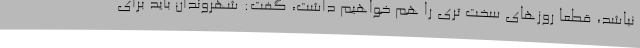
نباشد، قطعا روزهای سخت تری را هم خواهیم داشت، گفت: شهروندان باید برای